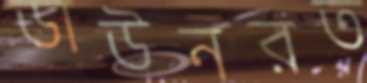
ডাউনরত